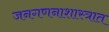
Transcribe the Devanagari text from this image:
जनगणनाशास्त्रात